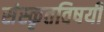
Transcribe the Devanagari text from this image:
संस्कृतविषयी